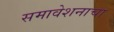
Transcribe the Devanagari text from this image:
समावेशनाचा